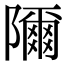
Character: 隬